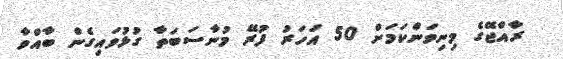
ރާއްޖޭގެ މިނިވަންކަމަށް 50 އަހަރު ފުރޭ މުނާސަބަތާ ގުޅުވައިގެން ބާއްވާ